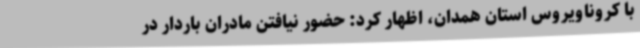
با کروناویروس استان همدان، اظهار کرد: حضور نیافتن مادران باردار در